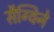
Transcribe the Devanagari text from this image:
सैग्विने